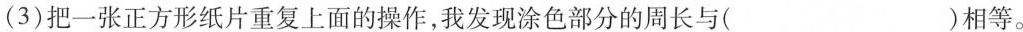
(3)把一张正方形纸片重复上面的操作,我发现涂色部分的周长与( )相等。